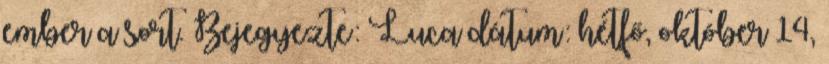
ember a sort. Bejegyezte: Luca dátum: hétfő, október 14,